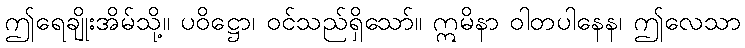
ဤရေချိုးအိမ်သို့။ ပဝိဋ္ဌော၊ ဝင်သည်ရှိသော်။ ဣမိနာ ဝါတပါနေန၊ ဤလေသာ